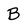
Character: B